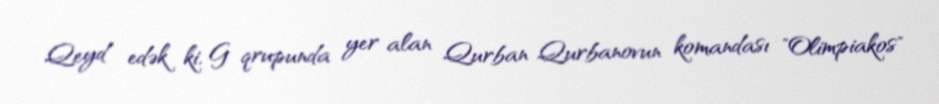
Qeyd edək ki, G qrupunda yer alan Qurban Qurbanovun komandası "Olimpiakos"